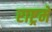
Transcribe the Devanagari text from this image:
राष्ट्रमें